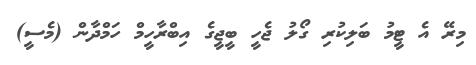
މިރޭ އެ ޓީމު ބަލިކުރި ގޯލު ޖެހީ ބީޖީގެ އިބްރާހީމް ހަމްދާން (މެސީ)